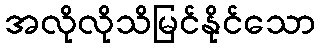
အလိုလိုသိမြင်နိုင်သော